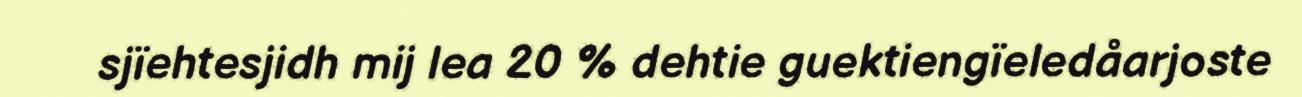
sjïehtesjidh mij lea 20 % dehtie guektiengïeledåarjoste